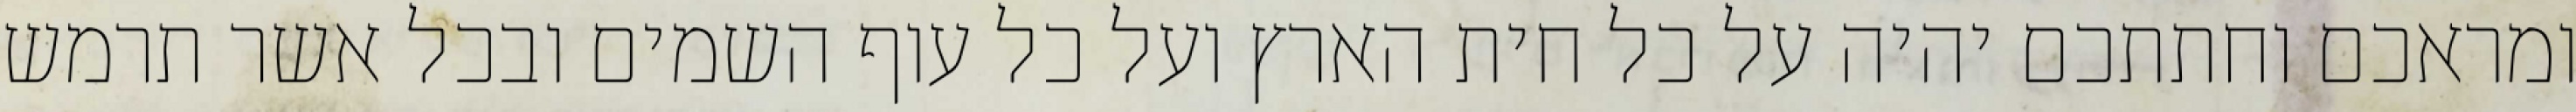
ומראכם וחתתכם יהיה על כל חית הארץ ועל כל עוף השמים ובכל אשר תרמש